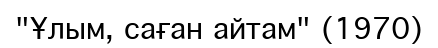
"Ұлым, саған айтам" (1970)